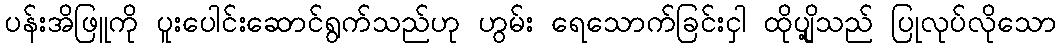
ပန်းအိဖြူကို ပူးပေါင်းဆောင်ရွက်သည်ဟု ဟွမ်း ရေသောက်ခြင်းငှါ ထိုပျို့သည် ပြုလုပ်လိုသော